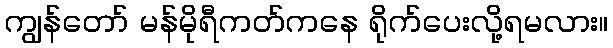
ကျွန်တော် မန်မိုရီကတ်ကနေ ရိုက်ပေးလို့ရမလား။